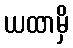
ယထာမှိ